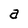
Character: a